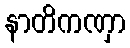
နာတိကဏှာ